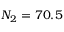
N _ { 2 } = 7 0 . 5